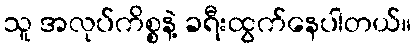
သူ အလုပ်ကိစ္စနဲ့ ခရီးထွက်နေပါတယ်။